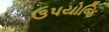
ઉપયોજિ